Indian journal of veterinary science and animal husbandry - Volume 6,
Year: 1936
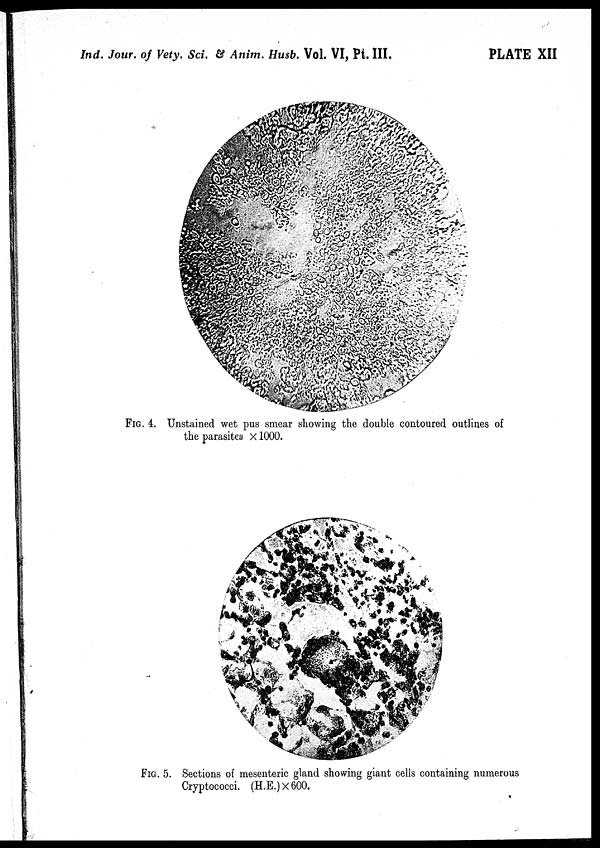
Ind. Jour. of Vety. Sci. & Anim. Husb. Vol. VI, Pt. III.
PLATE XII
FIG. 4. Unstained wet pus smear showing the double contoured outlines of
the parasites × 1000.
FIG. 5. Sections of mesenteric gland showing giant cells containing numerous
Cryptococci. (H.E.) × 600.